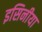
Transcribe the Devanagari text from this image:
इसिनीया